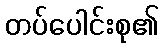
တပ်ပေါင်းစု၏